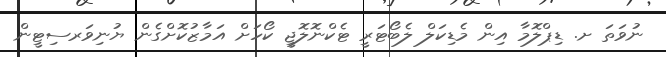
ނުވަތަ ށ. ޑިޕްލޮމާ އިން މެޑިކަލް ލެބޯޓަރީ ޓެކްނޮލޮޖީ ކޯހަށް އަމާޒުކޮށްގެން ޔުނިވަރސިޓީން